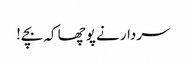
سردار نے پوچھا کہ بچے!